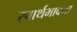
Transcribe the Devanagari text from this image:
स्वार्थभावना